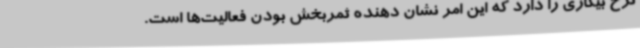
نرخ بیکاری را دارد که این امر نشان دهنده ثمربخش بودن فعالیت‌ها است.